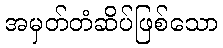
အမှတ်တံဆိပ်ဖြစ်သော